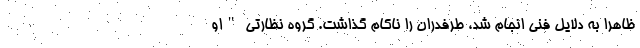
ظاهرا به دلایل فنی انجام شد، طرفدران را ناکام گذاشت. گروه نظارتی "او